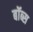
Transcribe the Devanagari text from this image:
बॉब्स